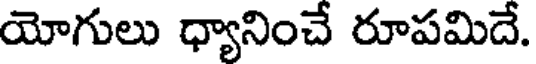
యోగులు ధ్యానించే రూపమిదే.